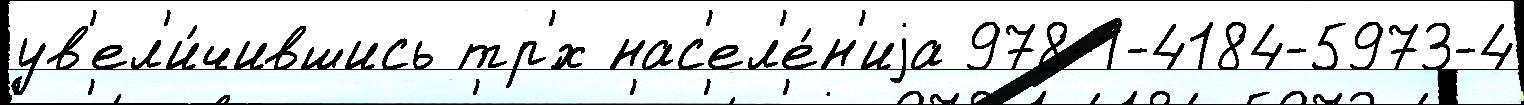
ув'ел'и́чившись тр'́х нас'ел'е́н'иjа 978-1-4184-5973-4